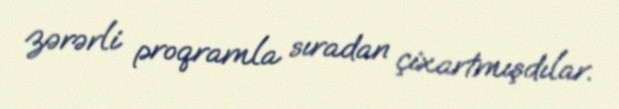
zərərli proqramla sıradan çixartmışdılar.